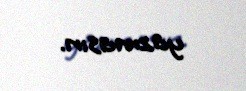
yazmasın.